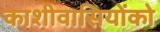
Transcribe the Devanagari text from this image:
काशीवासियोंको